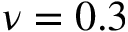
\nu = 0 . 3